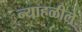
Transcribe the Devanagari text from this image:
न्याहळीले